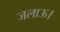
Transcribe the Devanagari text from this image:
जलाऊ।